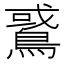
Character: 𪂵